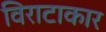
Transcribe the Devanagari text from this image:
विराटाकार